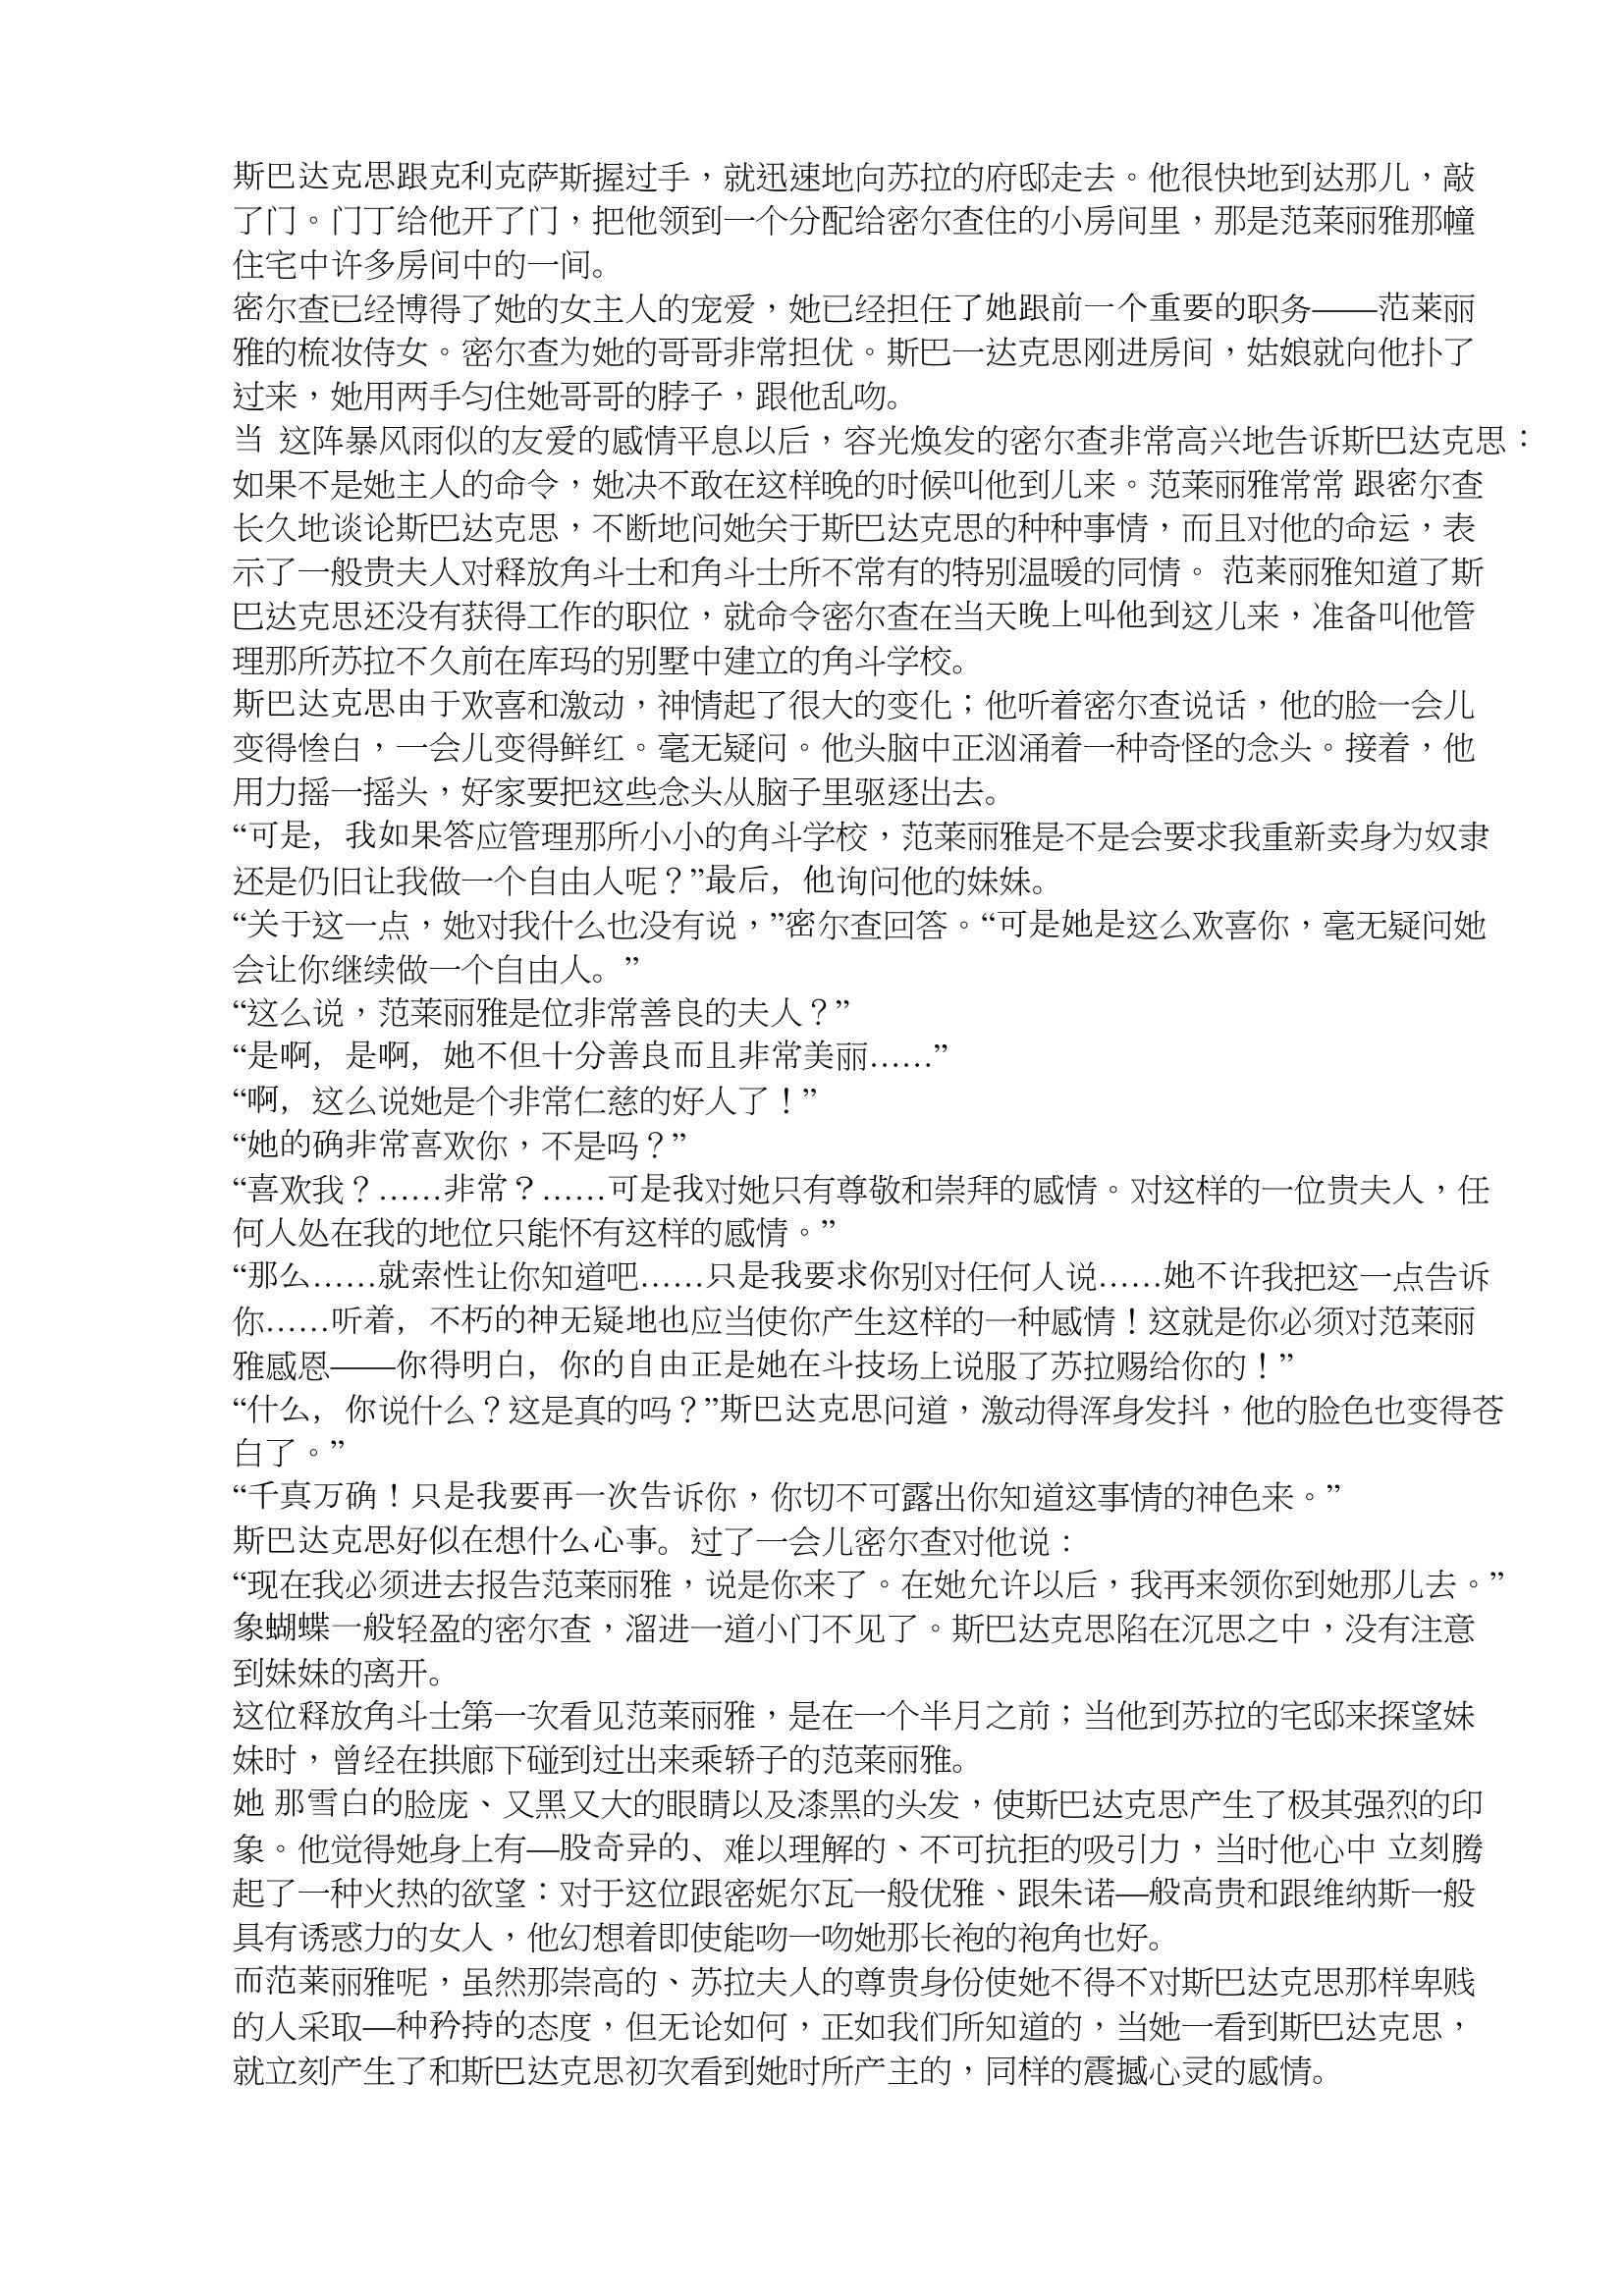
Language: zh